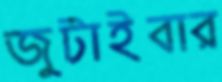
জুটাইবার